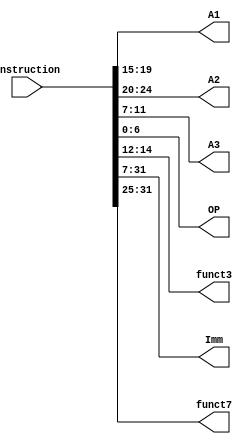
`timescale 1ns/1ns
module instructionDivider (
    input [31:0] instruction,
    output reg [4:0] A1,A2,A3,
    output reg [6:0] OP,
    output reg [2:0] funct3,
    output reg [24:0] Imm,
    output reg [6:0] funct7
);
    always @(*) begin
        A1 <= instruction[19:15];
        A2 <= instruction[24:20];
        A3 <= instruction[11:7];
        OP <= instruction[6:0];
        funct3 <= instruction[14:12];
        Imm <= instruction[31:7];
        funct7 <= instruction[31:25];
    end
endmodule